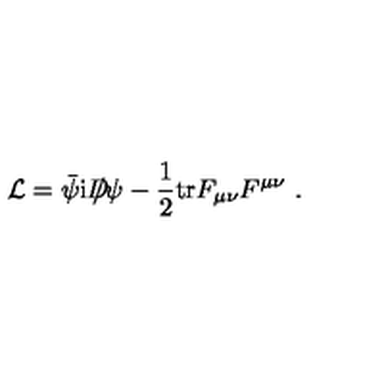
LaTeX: { \cal L } = \bar { \psi } \mathrm { i } D \! \! \! \! / \psi - \frac { 1 } { 2 } \mathrm { t r } F _ { \mu \nu } F ^ { \mu \nu } \ .